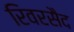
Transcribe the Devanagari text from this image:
रिवरसैद